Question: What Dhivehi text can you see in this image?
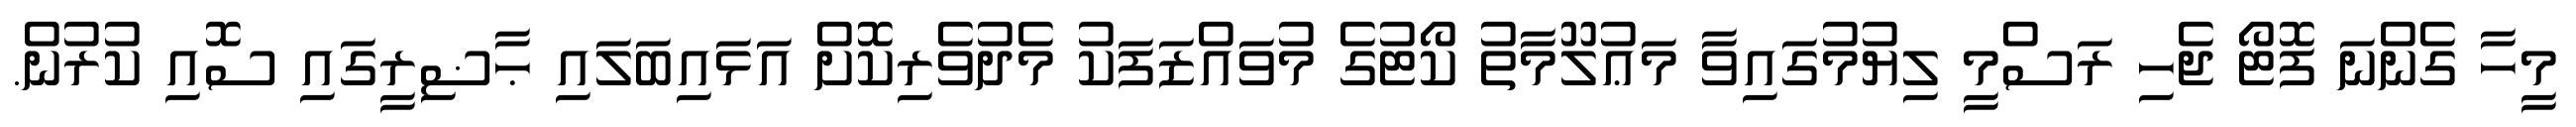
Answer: މީހާ ގެންނަ ފޮޓޯ ޖެހި ރަސްމީ ލިޔުމުގައިވާ މަޢުލޫމާތު ކޯޓުގެ މުވައްޒަފަކު މެދުވެރިކޮށް އަޅައިބަލައި ޙާޟިރީގައި ސޮއި ކުރުން.